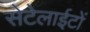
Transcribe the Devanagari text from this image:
सेटेलाईटों